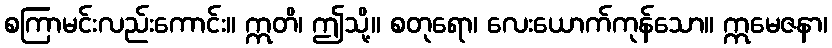
စကြာမင်းလည်းကောင်း။ ဣတိ၊ ဤသို့။ စတုရော၊ လေးယောက်ကုန်သော။ ဣမေဇနာ၊